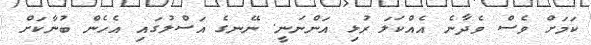
ކަމަަށް ވެސް ވެދާނެ އެއްކަލަ ރުޅި އަންނަނީ. ނޭނގެ އަސްލުގައި އެހެން ބުނާކަށް